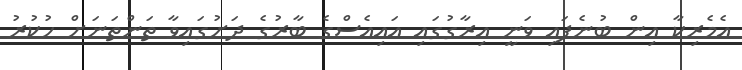
އެމެރިކާ އިން ބުނެފައި ވަނީ އިރާގުގައި އައިއެސްގެ ބާރުގެ ދަށުގައިވާ ތަންތަނަށް ހުކުރު